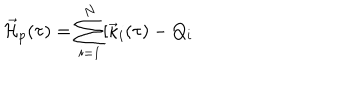
{ { \cal \vec { H } } } _ { p } ( \tau ) = \sum _ { i = 1 } ^ { N } [ { \vec { \kappa } } _ { i } ( \tau ) - Q _ { i }